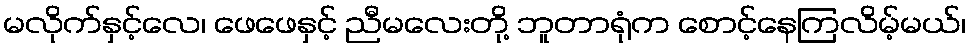
မလိုက်နှင့်လေ၊ ဖေဖေနှင့် ညီမလေးတို့ ဘူတာရုံက စောင့်နေကြလိမ့်မယ်၊